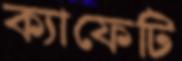
ক্যাফেটি